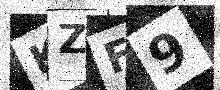
Text: KZF9